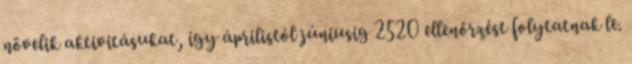
növelik aktivitásukat, így áprilistól júniusig 2520 ellenőrzést folytatnak le.